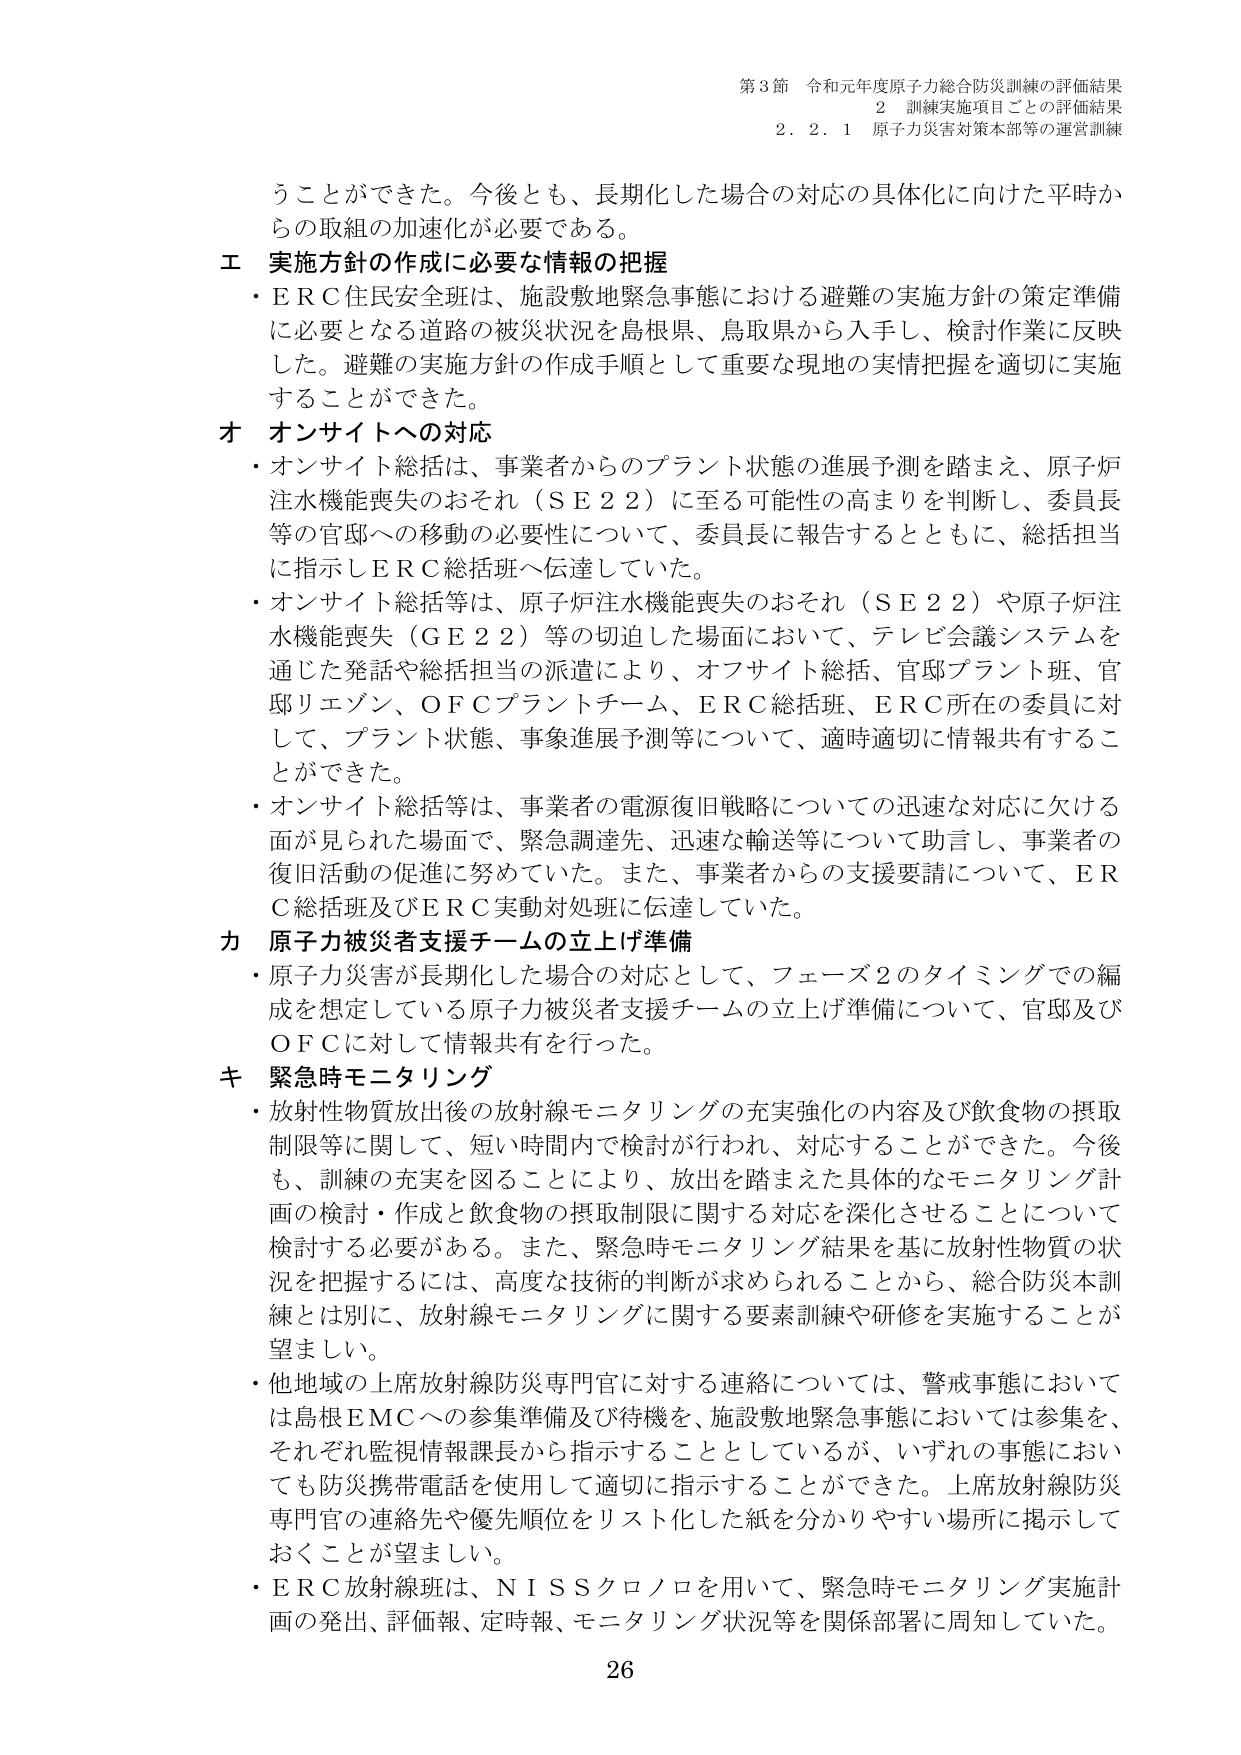
第3節 令和元年度原子力総合防災訓練の評価結果
2 訓練実施項目ごとの評価結果
2.2.1 原子力災害対策本部等の運営訓練

うことができた。今後とも、長期化した場合の対応の具体化に向けた平時からの取組の加速化が必要である。

**エ 実施方針の作成に必要な情報の把握**
・ＥＲＣ住民安全班は、施設敷地緊急事態における避難の実施方針の策定準備に必要となる道路の被災状況を島根県、鳥取県から入手し、検討作業に反映した。避難の実施方針の作成手順として重要な現地の実情把握を適切に実施することができた。

**オ オンサイトへの対応**
・オンサイト総括は、事業者からのプラント状態の進展予測を踏まえ、原子炉注水機能喪失のおそれ（ＳＥ２２）に至る可能性の高まりを判断し、委員長等の官邸への移動の必要性について、委員長に報告するとともに、総括担当に指示しＥＲＣ総括班へ伝達していた。
・オンサイト総括等は、原子炉注水機能喪失のおそれ（ＳＥ２２）や原子炉注水機能喪失（ＧＥ２２）等の切迫した場面において、テレビ会議システムを通じた発話や総括担当の派遣により、オフサイト総括、官邸プラント班、官邸リエゾン、ＯＦＣプラントチーム、ＥＲＣ総括班、ＥＲＣ所在の委員に対して、プラント状態、事象進展予測等について、適時適切に情報共有することができた。
・オンサイト総括等は、事業者の電源復旧戦略についての迅速な対応に欠ける面が見られた場面で、緊急調達先、迅速な輸送等について助言し、事業者の復旧活動の促進に努めていた。また、事業者からの支援要請について、ＥＲＣ総括班及びＥＲＣ実動対処班に伝達していた。

**カ 原子力被災者支援チームの立上げ準備**
・原子力災害が長期化した場合の対応として、フェーズ2のタイミングでの編成を想定している原子力被災者支援チームの立上げ準備について、官邸及びＯＦＣに対して情報共有を行った。

**キ 緊急時モニタリング**
・放射性物質放出後の放射線モニタリングの充実強化の内容及び飲食物の摂取制限等に関して、短い時間内で検討が行われ、対応することができた。今後も、訓練の充実を図ることにより、放出を踏まえた具体的なモニタリング計画の検討・作成と飲食物の摂取制限に関する対応を深化させることについて検討する必要がある。また、緊急時モニタリング結果を基に放射性物質の状況を把握するには、高度な技術的判断が求められることから、総合防災本訓練とは別に、放射線モニタリングに関する要素訓練や研修を実施することが望ましい。
・他地域の上席放射線防災専門官に対する連絡については、警戒事態においては島根ＥＭＣへの参集準備及び待機を、施設敷地緊急事態においては参集を、それぞれ監視情報課長から指示することとしているが、いずれの事態においても防災携帯電話を使用して適切に指示することができた。上席放射線防災専門官の連絡先や優先順位をリスト化した紙を分かりやすい場所に掲示しておくことが望ましい。
・ＥＲＣ放射線班は、ＮＩＳＳクロノロを用いて、緊急時モニタリング実施計画の発出、評価報、定時報、モニタリング状況等を関係部署に周知していた。

26